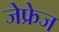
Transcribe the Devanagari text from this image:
जेफ्रेज